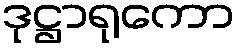
ဒုဋ္ဌာရုကော